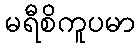
မရီစိကူပမာ